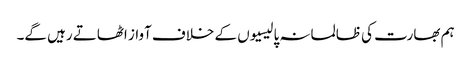
ہم بھارت کی ظالمانہ پالیسیوں کے خلاف آواز اٹھاتے رہیں گے۔